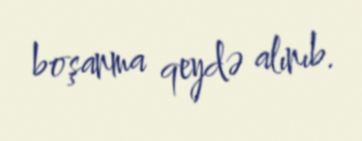
boşanma qeydə alınıb.